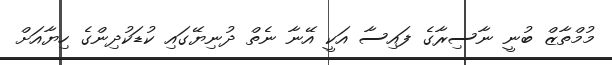
މުމްތާޒް ބުނީ ނާސިރާގެ ފައިސާ އަކީ އޭނާ ނެތް ދުނިޔޭގައި ކުޑަކުދިންގެ ހިޔާއަށް